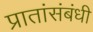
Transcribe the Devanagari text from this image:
प्रातांसंबंधी